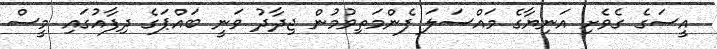
އީސަގެ ގެވެށި އަނިޔާގެ މައްސަލަ ފެންމަތިވުމުން ޖިދާދު ވަނީ ބައްޕަގެ ދިފާއުގައި މީސް